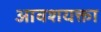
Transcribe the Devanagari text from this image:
आवशयक्ता